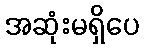
အဆုံးမရှိပေ